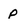
Character: p